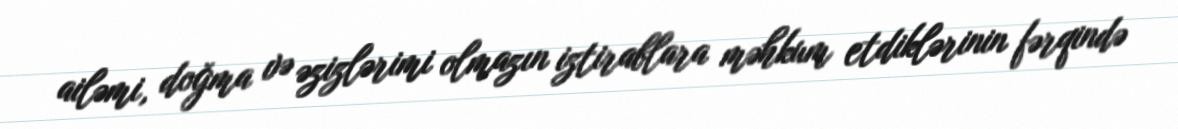
ailəmi, doğma və əzizlərimi olmazın iztirablara məhkum etdiklərinin fərqində